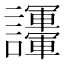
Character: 𧮘